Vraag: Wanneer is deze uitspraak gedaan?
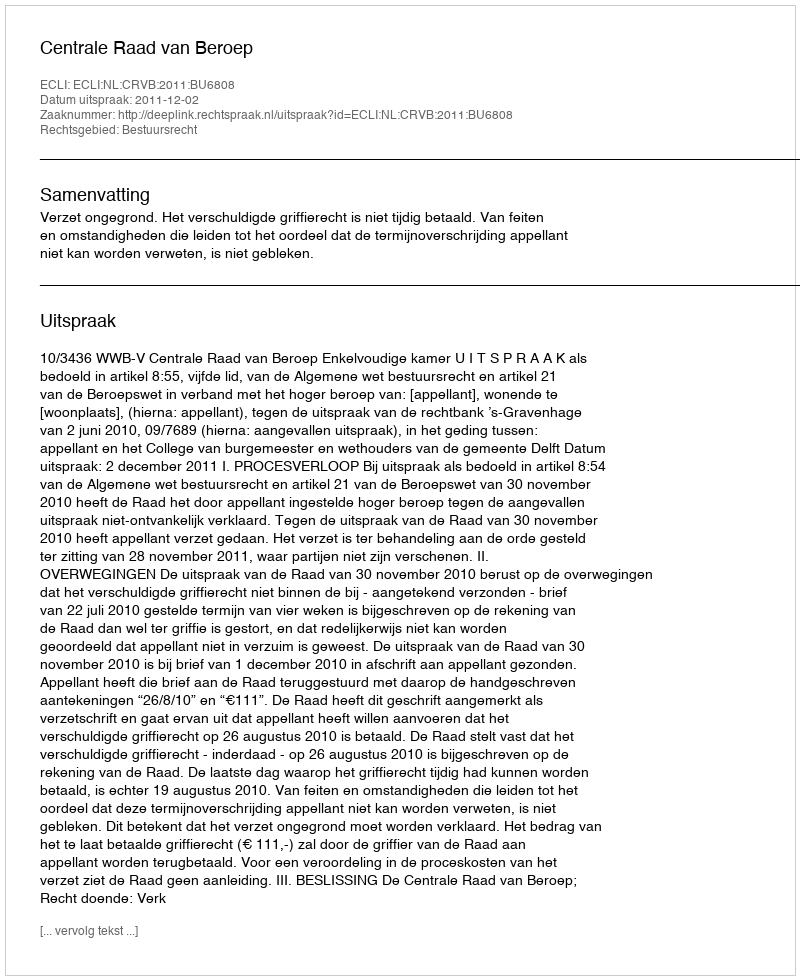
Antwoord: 2011-12-02